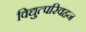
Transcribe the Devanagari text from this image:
विद्युत्परिवहन